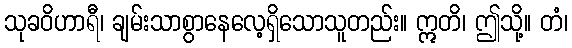
သုခဝိဟာရီ၊ ချမ်းသာစွာနေလေ့ရှိသောသူတည်း။ ဣတိ၊ ဤသို့။ တံ၊